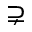
\supsetneq